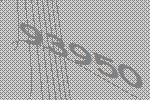
93950